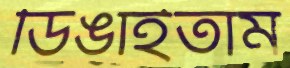
ডিঙাইতাম